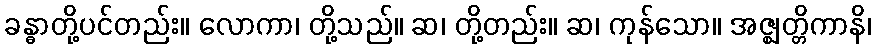
ခန္ဓာတို့ပင်တည်း။ လောကာ၊ တို့သည်။ ဆ၊ တို့တည်း။ ဆ၊ ကုန်သော။ အဇ္ဈတ္တိကာနိ၊